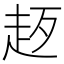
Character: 𧺰